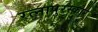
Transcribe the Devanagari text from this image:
रत्नापुरस्कार